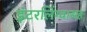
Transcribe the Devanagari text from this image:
इंटरलिंग्वासह